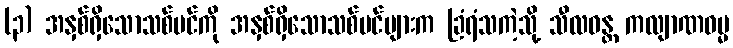
(၃) အနှစ်ရှိသောသစ်ပင်ကို အနှစ်ရှိသောသစ်ပင်များက ခြံရံသကဲ့သို့ သီလဝန္တ ကလျာဏဓမ္မ